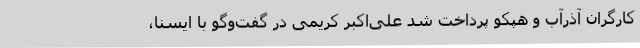
کارگران آذرآب و هپکو پرداخت شد علی‌اکبر کریمی در گفت‌وگو با ایسنا،